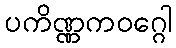
ပကိဏ္ဏကဝဂ္ဂေါ